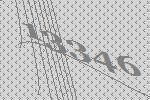
13346